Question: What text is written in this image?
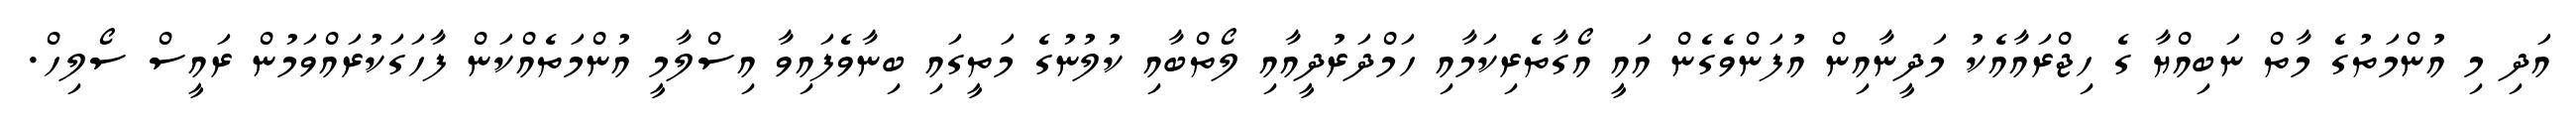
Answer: އަދި މި އުންމަތުގެ މާތް ނަބިއްޔާ ގެ ހިޖްރައާއެކު މަދީނާއިން އުފަންވެގެން އައީ އޯގާތެރިކަމާއި ހަމްދަރުދީއާއި ލޯތްބާއި ކުލުނުގެ މަތީގައި ބިނާވެފައިވާ އިސްލާމީ އުންމަތެއްކަން ފާހަގަކުރައްވަމުން ރައީސް ސޯލިހް.